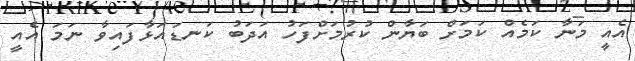
އެއީ މަނާ ކަމެއް ކަމަށް ބަޔާން ކުރުމަށްފަހު އަދަބު ކަނޑައަޅާފައިވާ ނަމަ އެއީ